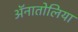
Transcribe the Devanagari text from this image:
ॲनातोलिया